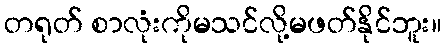
တရုတ် စာလုံးကိုမသင်လို့မဖတ်နိုင်ဘူး။